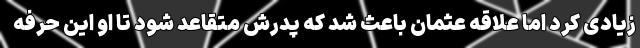
زیادی کرد اما علاقه عثمان باعث شد که پدرش متقاعد شود تا او این حرفه